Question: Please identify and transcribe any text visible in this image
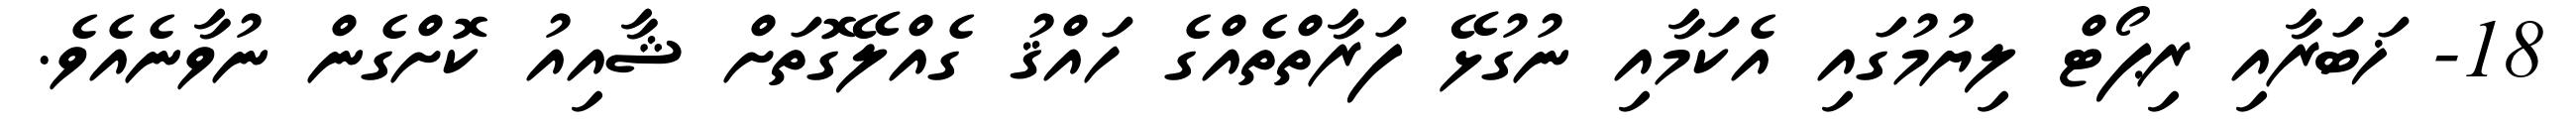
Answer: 18- ޚަބަރާއި ރިޕޯޓް ލިޔުމުގައި އެކަމާއި ނުގުޅޭ ފަރާތްތެއްގެ ހައްޤު ގެއްލޭގޮތަށް ޝާއިއު ކޮށްގެން ނުވާނެއެވެ.